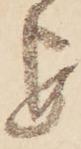
を